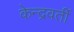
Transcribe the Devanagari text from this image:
केन्द्रवर्ती